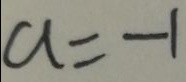
a = - 1